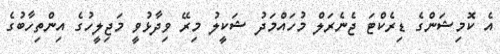
އެ ކޮމިޝަންގެ ޑިރެކްޓަ ޖެނެރަލް މުހައްމަދު ޝަކީލު މިރޭ ވިދާޅުވީ މަޖިލީހުގެ އިންތިހާބުގެ